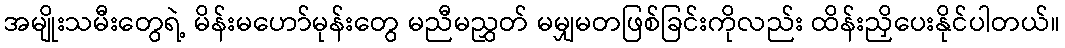
အမျိုးသမီးတွေရဲ့ မိန်းမဟော်မုန်းတွေ မညီမညွှတ် မမျှမတဖြစ်ခြင်းကိုလည်း ထိန်းညှိပေးနိုင်ပါတယ်။